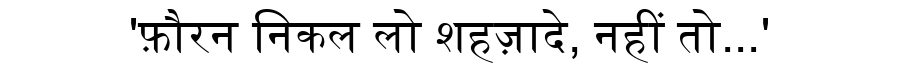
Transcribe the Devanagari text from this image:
'फ़ौरन निकल लो शहज़ादे, नहीं तो...'